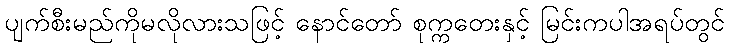
ပျက်စီးမည်ကိုမလိုလားသဖြင့် နောင်တော် စုက္ကတေးနှင့် မြင်းကပါအရပ်တွင်